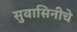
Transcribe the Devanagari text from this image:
सुवासिनीचे